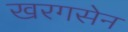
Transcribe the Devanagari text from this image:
खरगसेन